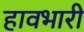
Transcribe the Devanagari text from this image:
हावभारी